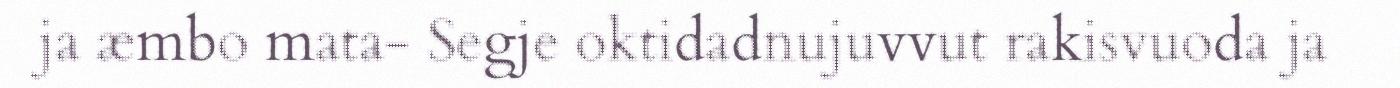
ja æmbo mata- Segje oktidadnujuvvut rakisvuoda ja